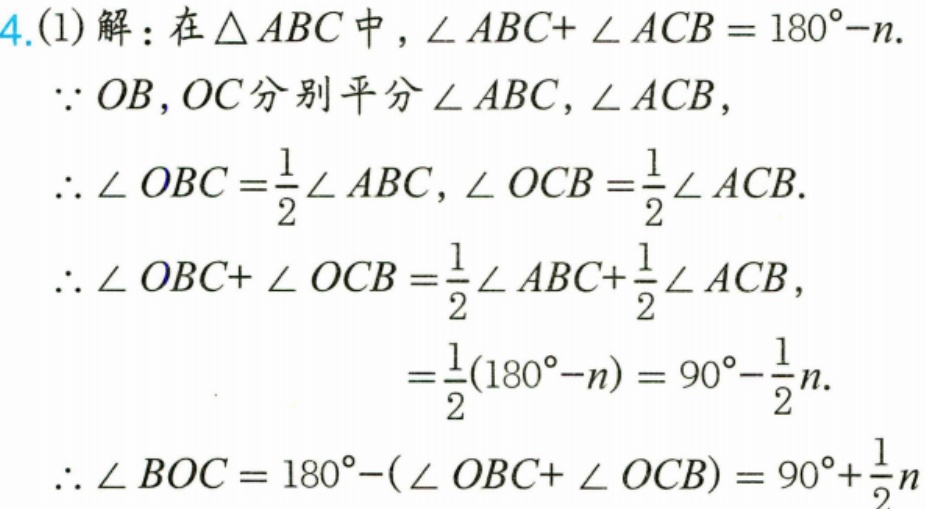
4.(1)解：在$\triangle ABC$中，$\angle ABC + \angle ACB=180^{\circ}-n$.
$\because OB,OC$分别平分$\angle ABC,\angle ACB$，
$\therefore \angle OBC=\frac{1}{2}\angle ABC,\angle OCB=\frac{1}{2}\angle ACB$.
$\therefore \angle OBC + \angle OCB=\frac{1}{2}\angle ABC+\frac{1}{2}\angle ACB$，
$=\frac{1}{2}(180^{\circ}-n)=90^{\circ}-\frac{1}{2}n$.
$\therefore \angle BOC = 180^{\circ}-(\angle OBC+\angle OCB)=90^{\circ}+\frac{1}{2}n$